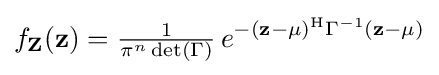
f_{\mathbf {Z} }(\mathbf {z} )={\tfrac {1}{\pi ^{n}\det(\Gamma )}}\,e^{-(\mathbf {z} -\mathbf {\mu } )^{\mathrm {H} }\Gamma ^{-1}(\mathbf {z} -\mathbf {\mu } )}